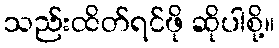
သည်းထိတ်ရင်ဖို ဆိုပါစို့။